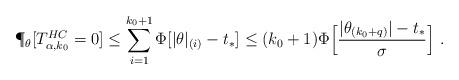
LaTeX: \begin{align*} \P_{\theta}[T^{HC}_{\alpha,k_0} = 0] \leq \sum_{i=1}^{k_0+1} \Phi[|\theta|_{(i)}-t_{*}]\leq (k_0+1)\Phi\Big[\frac{|\theta_{(k_0+q)}|-t_{*}}{\sigma}\Big]\ . \end{align*}